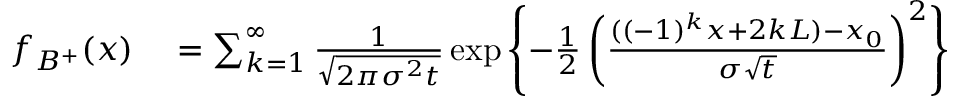
\begin{array} { r l } { f _ { B ^ { + } } ( x ) } & { { } = \sum _ { k = 1 } ^ { \infty } \frac { 1 } { \sqrt { 2 \pi \sigma ^ { 2 } t } } \exp \left\lbrace - \frac { 1 } { 2 } \left( \frac { ( ( - 1 ) ^ { k } x + 2 k L ) - x _ { 0 } } { \sigma \sqrt { t } } \right) ^ { 2 } \right\rbrace } \end{array}